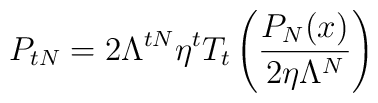
P_{tN} = 2 \Lambda^{tN} \eta^t T_{t} \left(\frac{P_{N}(x)}{2 \eta \Lambda^N} \right)